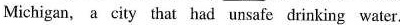
Michigan, a city that had unsafe drinking water.